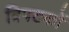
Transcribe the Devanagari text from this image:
त्रिपटकों